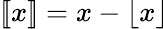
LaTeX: [\! [x]\! ]=x-\left\lfloor x\right\rfloor\!